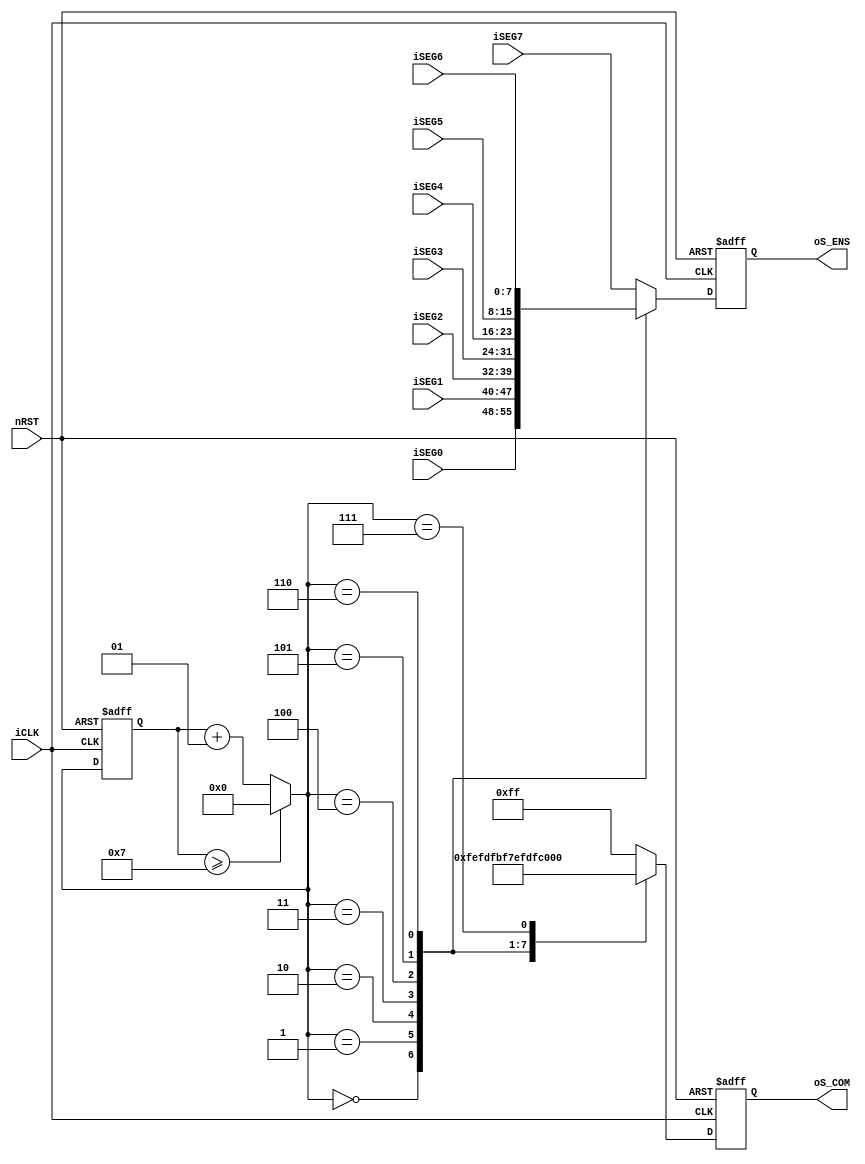
module SevenSeg_CTRL(
    iCLK,
    nRST,
    iSEG7,
    iSEG6,
    iSEG5,
    iSEG4,
    iSEG3,
    iSEG2,
    iSEG1,
    iSEG0,
    oS_COM,
    oS_ENS
);

    input iCLK, nRST;
    input[7:0] iSEG7, iSEG6, iSEG5, iSEG4, iSEG3, iSEG2, iSEG1, iSEG0;
    output [7:0] oS_COM, oS_ENS;
    reg[7:0] oS_COM, oS_ENS;

    integer CNT_SCAN;

    always@(posedge iCLK or negedge nRST)
    begin
        if(!nRST)
        begin
            oS_COM <= 8'b00000000;
            oS_ENS <= 0;
            CNT_SCAN = 0;
        end

        else
        begin
            if(CNT_SCAN >= 7)
                CNT_SCAN = 0;
            else
                CNT_SCAN = CNT_SCAN + 1;
            
            case (CNT_SCAN)
                0 :
                begin
                    oS_COM <= 8'b11111110;
                    oS_ENS <= iSEG0;
                end

                1 :
                begin
                    oS_COM <= 8'b11111101;
                    oS_ENS <= iSEG1;
                end
                
                2 :
                begin
                    oS_COM <= 8'b11111011;
                    oS_ENS <= iSEG2;
                end
                
                3 :
                begin
                    oS_COM <= 8'b11110111;
                    oS_ENS <= iSEG3;
                end
                
                4 :
                begin
                    oS_COM <= 8'b11101111;
                    oS_ENS <= iSEG4;
                end
                
                5 :
                begin
                    oS_COM <= 8'b11011111;
                    oS_ENS <= iSEG5;
                end
                
                6 :
                begin
                    oS_COM <= 8'b10111111;
                    oS_ENS <= iSEG6;
                end
                
                7 :
                begin
                    oS_COM <= 8'b01111111;
                    oS_ENS <= iSEG7;
                end

                default :
                begin
                    oS_COM <= 8'b11111111;
                    oS_ENS <= iSEG7;
                end
                
            endcase
        end
    end

endmodule